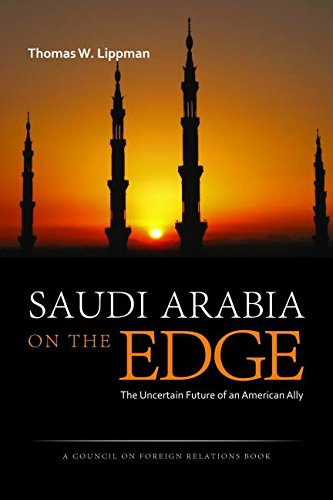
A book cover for Saudi Arabia on the Edge: The Uncertain Future of an American Ally (Council on Foreign Relations Books (Potomac Books)); Tom Lippman; History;